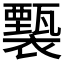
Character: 𧞙